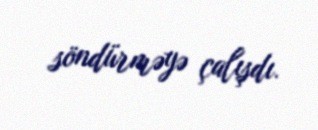
söndürməyə çalışdı.